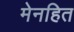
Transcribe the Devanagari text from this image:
मेनहित